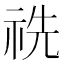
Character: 𥙝